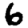
Digit: 6